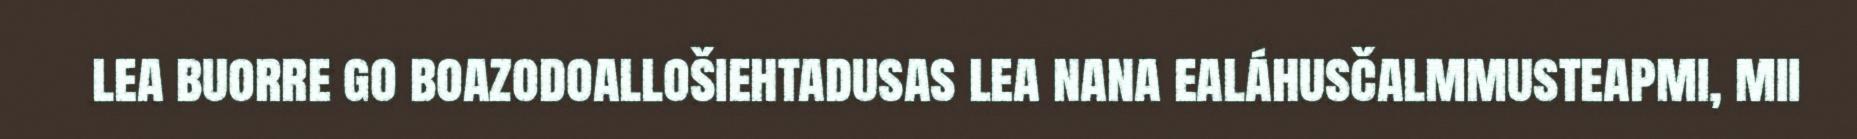
lea buorre go boazodoallošiehtadusas lea nana ealáhusčalmmusteapmi, mii